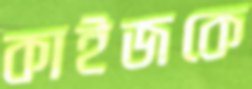
কাইজকে